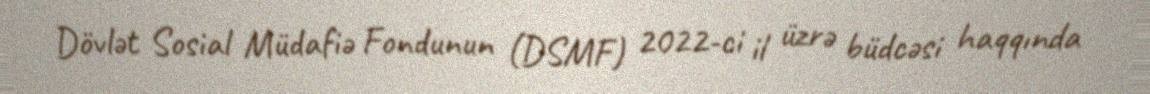
Dövlət Sosial Müdafiə Fondunun (DSMF) 2022-ci il üzrə büdcəsi haqqında